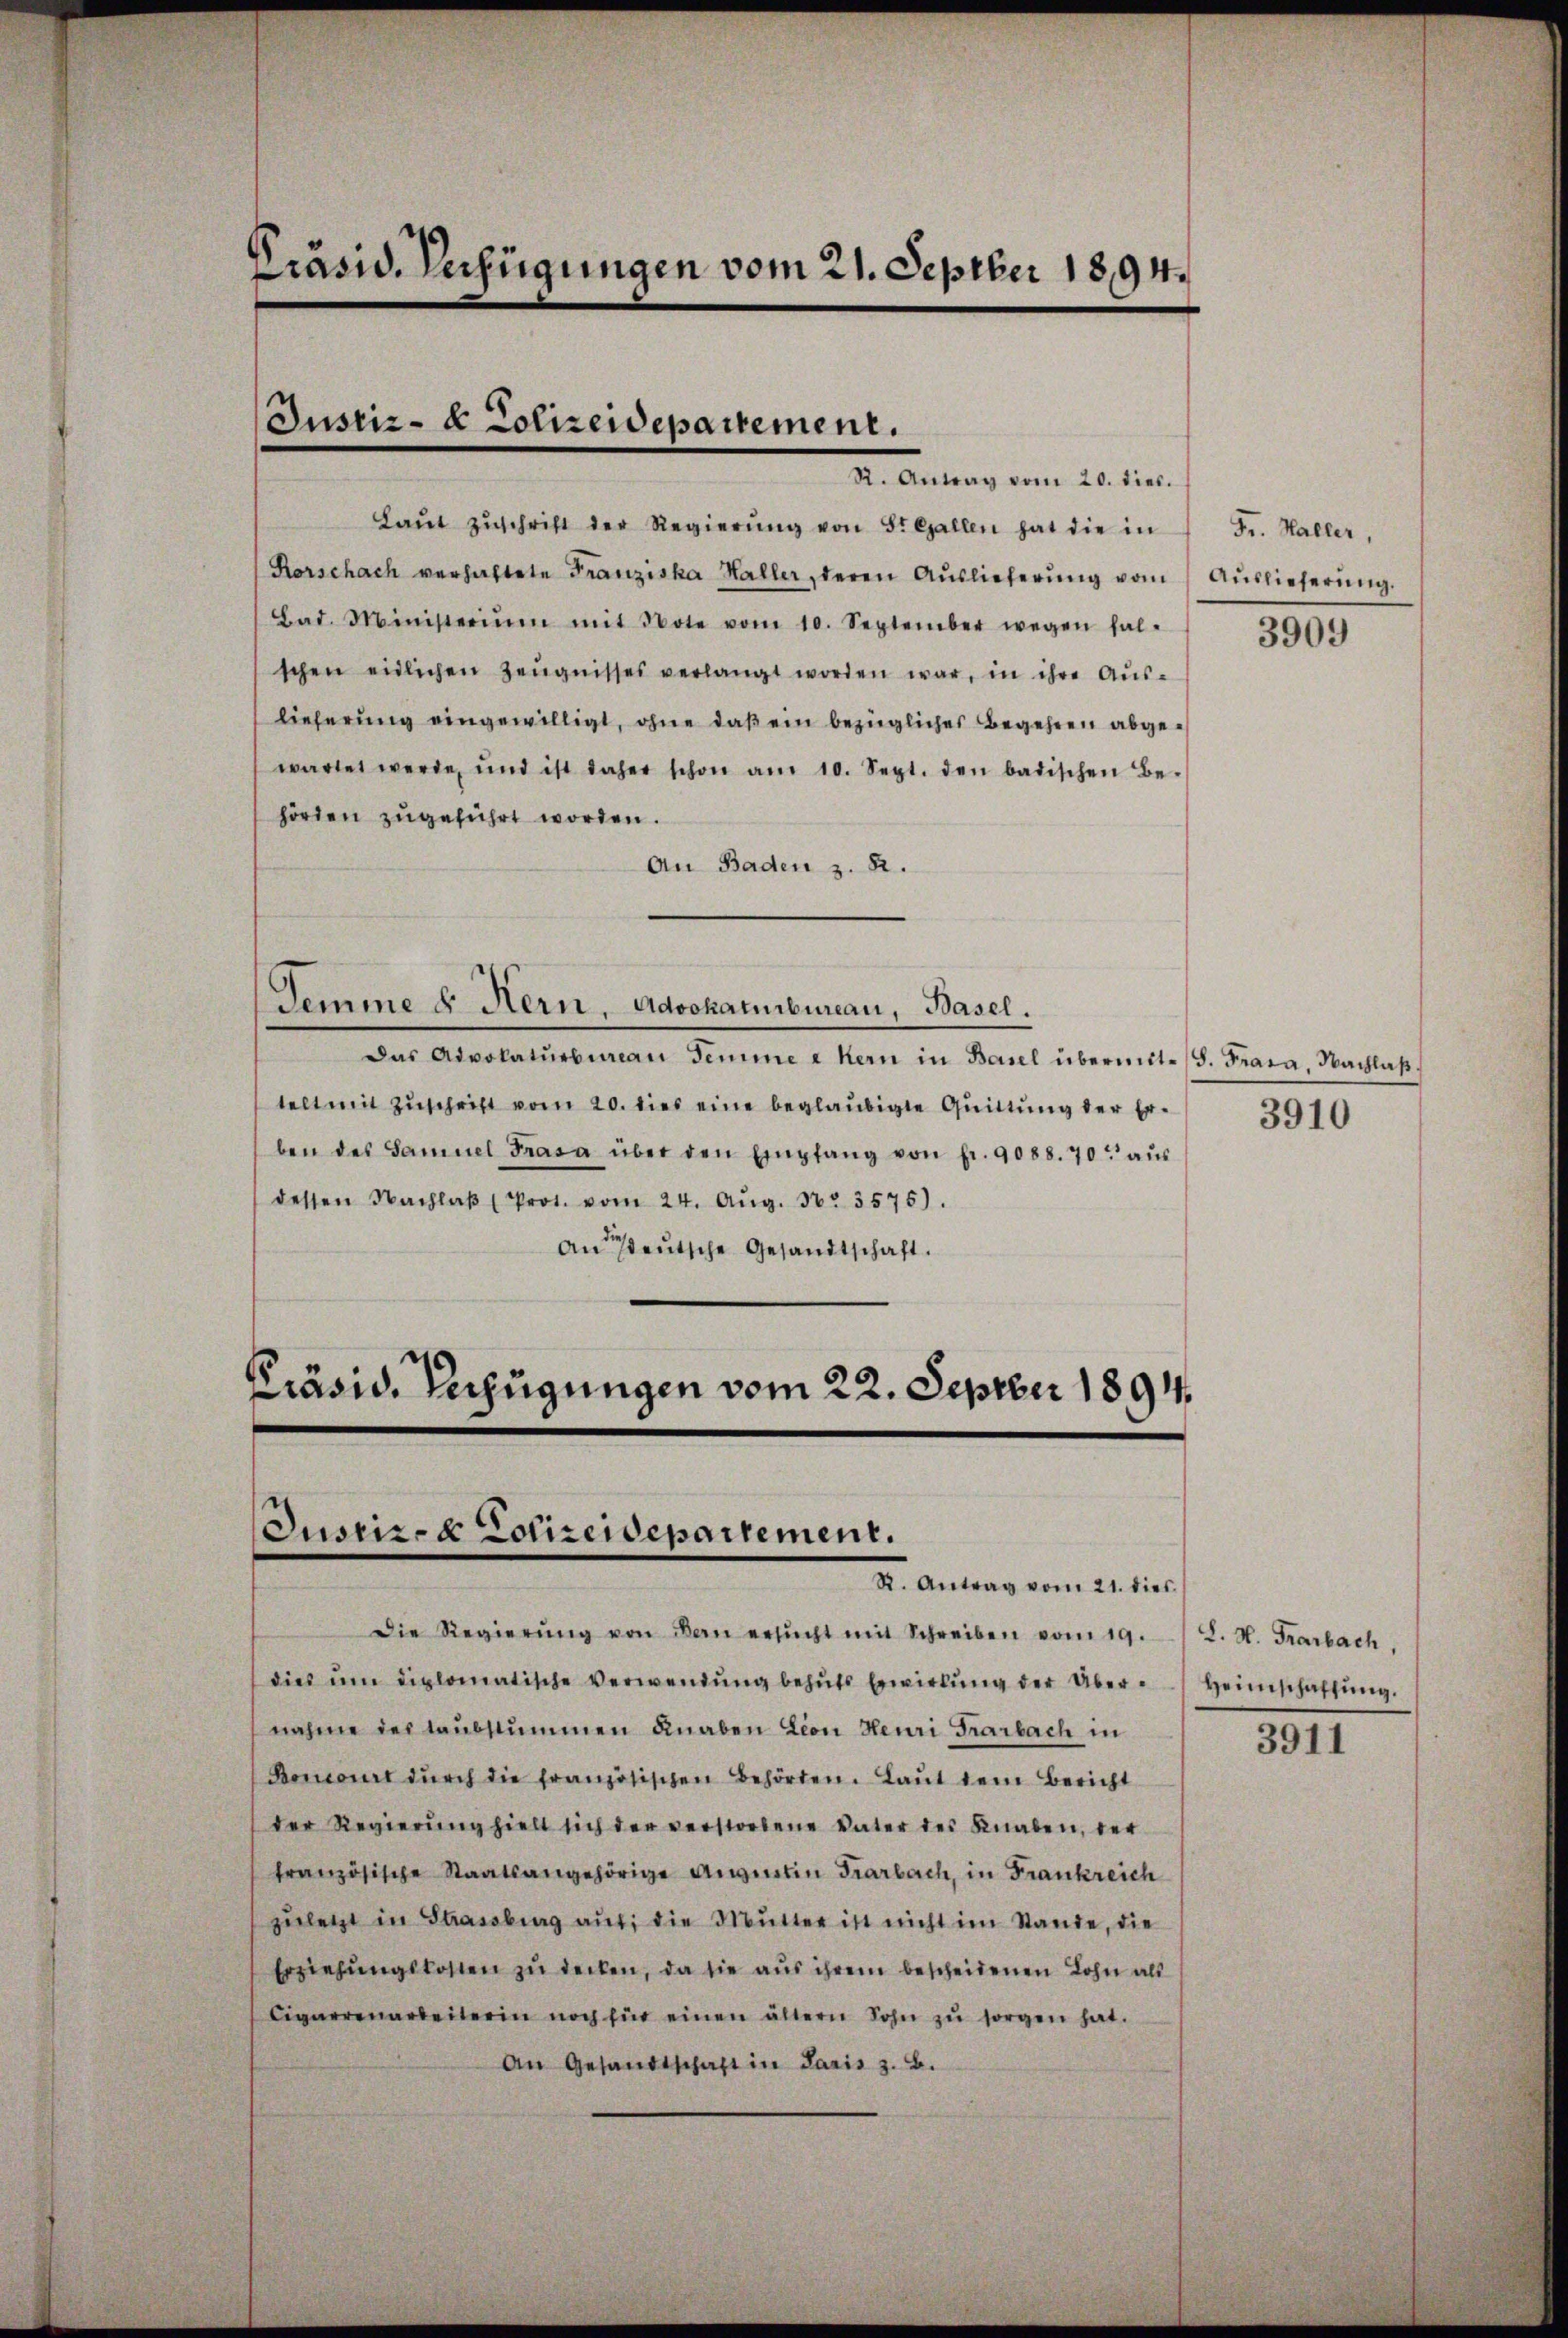
Präsid. Verfügungen vom 21. Septber 1894.

Justiz- & Polizeidepartement.
R. Antrag vom 20. dies.

Laŭt zŭschrift der Regierŭng von St. Gallen hat die in
Rorschach verhaftete Franziska Haller, deren Aŭslieferŭng vom Aŭslieferŭng.
Bad. Ministerium mit Note vom 10. September wegen hal-
schen eidlichen Zeŭgnisses verlangt worden war, in ihre Aŭs-
lieferung eingewilligt, ohne daß ein bezügliches Begehren abgewartet werde, und ist daher schon am 10. Sept. den badischen Be-
hörten zŭgeführt worden.
An Baden z. B.

Demme u. Kern, Advokaturbureau, Basel.

Das Advokaturbureau Temme a hern in Basel übermitte. Frara, Nachlaβ.
telt mit Zŭschrift vom 20. dies eine beglaubigte Quittung der Er- 3910
ben des Samuel Frasa über den Empfang von fr. 9088. 70. aŭs
dessen Nachlaβ (Prot. vom 24. Aŭg. 30. 3575).
An deutsche Gesandtschaft.
Präsid. Verfügungen vom 22. Septer 1891.

Justiz- & Polizeidepartement.
Kt. Antrag vom 21. dies

Die Regierŭng von den ersŭcht mit Schreiben vom 19.
dies um diplomatische Verwendung behuts Erwirkung der Übernahme des taubstummen Knaben Lion Heuri Frarbach in
Boncourt dŭrch die französischen Behörten. Laŭt dem Bericht
der Regierŭng hielt sich der verstorbene Vater des Knaben, der
französische Staatsangehörige Augustin Frarbach, in Frankreich
zuletzt in Strassburg auf die Mutter ist nicht im Stande, die
Erziehŭngskosten zŭ decken, da sie aŭs ihrem bescheidenen Lohn als
Cigarrenarbeiterin noch für einen ältern Sohn zŭ sorgen hat.
An Gesandtschaft in Paris z. B.

Fr. Haller,

3909

S. H. Trarbach,
Heimschaffung.
3911